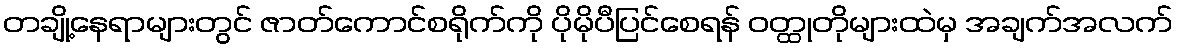
တချို့နေရာများတွင် ဇာတ်ကောင်စရိုက်ကို ပိုမိုပီပြင်စေရန် ဝတ္ထုတိုများထဲမှ အချက်အလက်